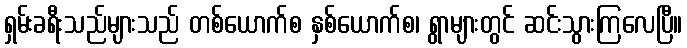
ရှမ်းခရီးသည်များသည် တစ်ယောက်စ နှစ်ယောက်စ၊ ရွာများတွင် ဆင်းသွားကြလေပြီ။